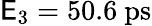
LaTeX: \mathsf{E}_{3}=50.6~\mathrm{{ps}}